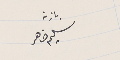
باذن سليم ضاهر